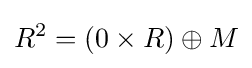
R^{2}=(0\times R)\oplus M